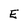
Character: E